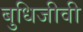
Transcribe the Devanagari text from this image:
बुधिजीवी